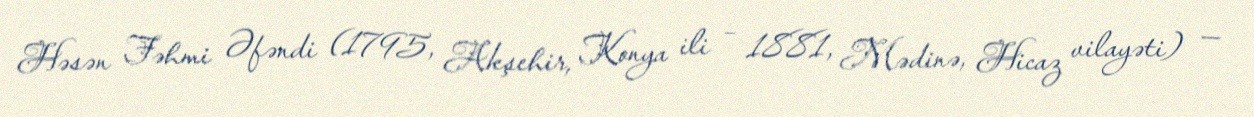
Həsən Fəhmi Əfəndi (1795, Akşehir, Konya ili – 1881, Mədinə, Hicaz vilayəti) —